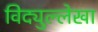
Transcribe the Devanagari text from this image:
विद्युल्लेखा